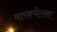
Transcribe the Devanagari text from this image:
मारक्येटला